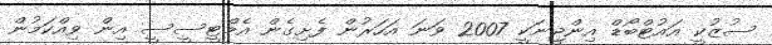
ސުޒުކީ އައުޓްބޯޑް އިންޖީނަކީ 2007 ވަނަ އަހަރުން ފެށިގެން އެމްޓީސީސީ އިން ވިއްކަމުން